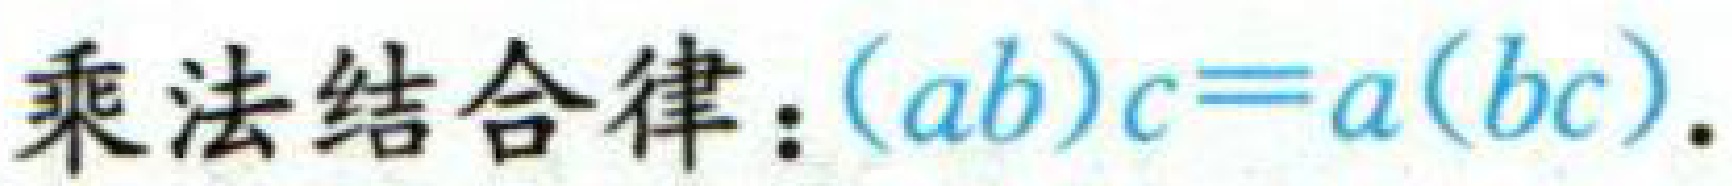
乘法结合律：\((ab)c = a(bc)\)